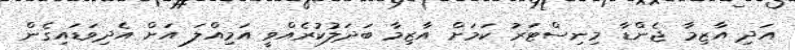
އަދި އާޒިމާ ޖެންޑާ މިނިސްޓަރު ކަމަށް އާޒިމާ ބަދަލުކުރެއްވީ އަމިއްލަ އަށް އެދިވަޑައިގެން